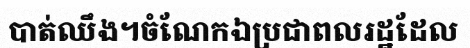
បាត់ឈឹង។ចំណែកឯប្រជាពលរដ្ឋដែល